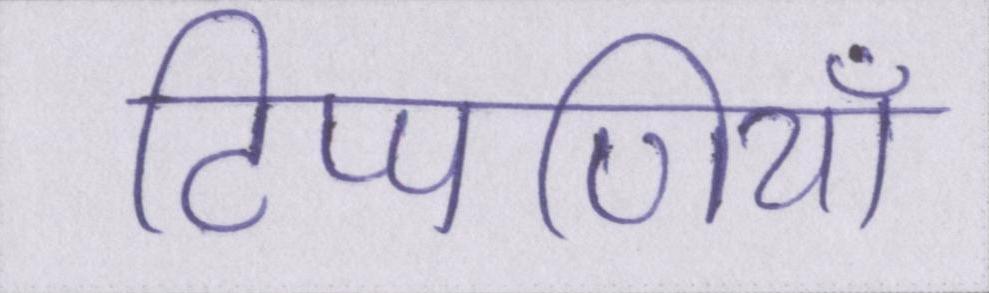
टिप्पणियाँ